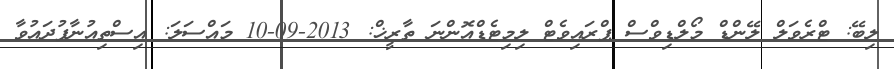
ލިބޭ: ޓްރެވަލް ލޭންޑް މޯލްޑިވްސް ޕްރައިވެޓް ލިމިޓެޑްއޮންނަ ތާރީޚް: 2013-09-10 މައްސަލަ: އިސްތިއުނާފުދައުވާ